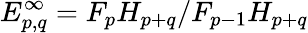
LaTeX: E_{p,q}^{\infty}=F_{p}H_{p+q}/F_{p-1}H_{p+q}